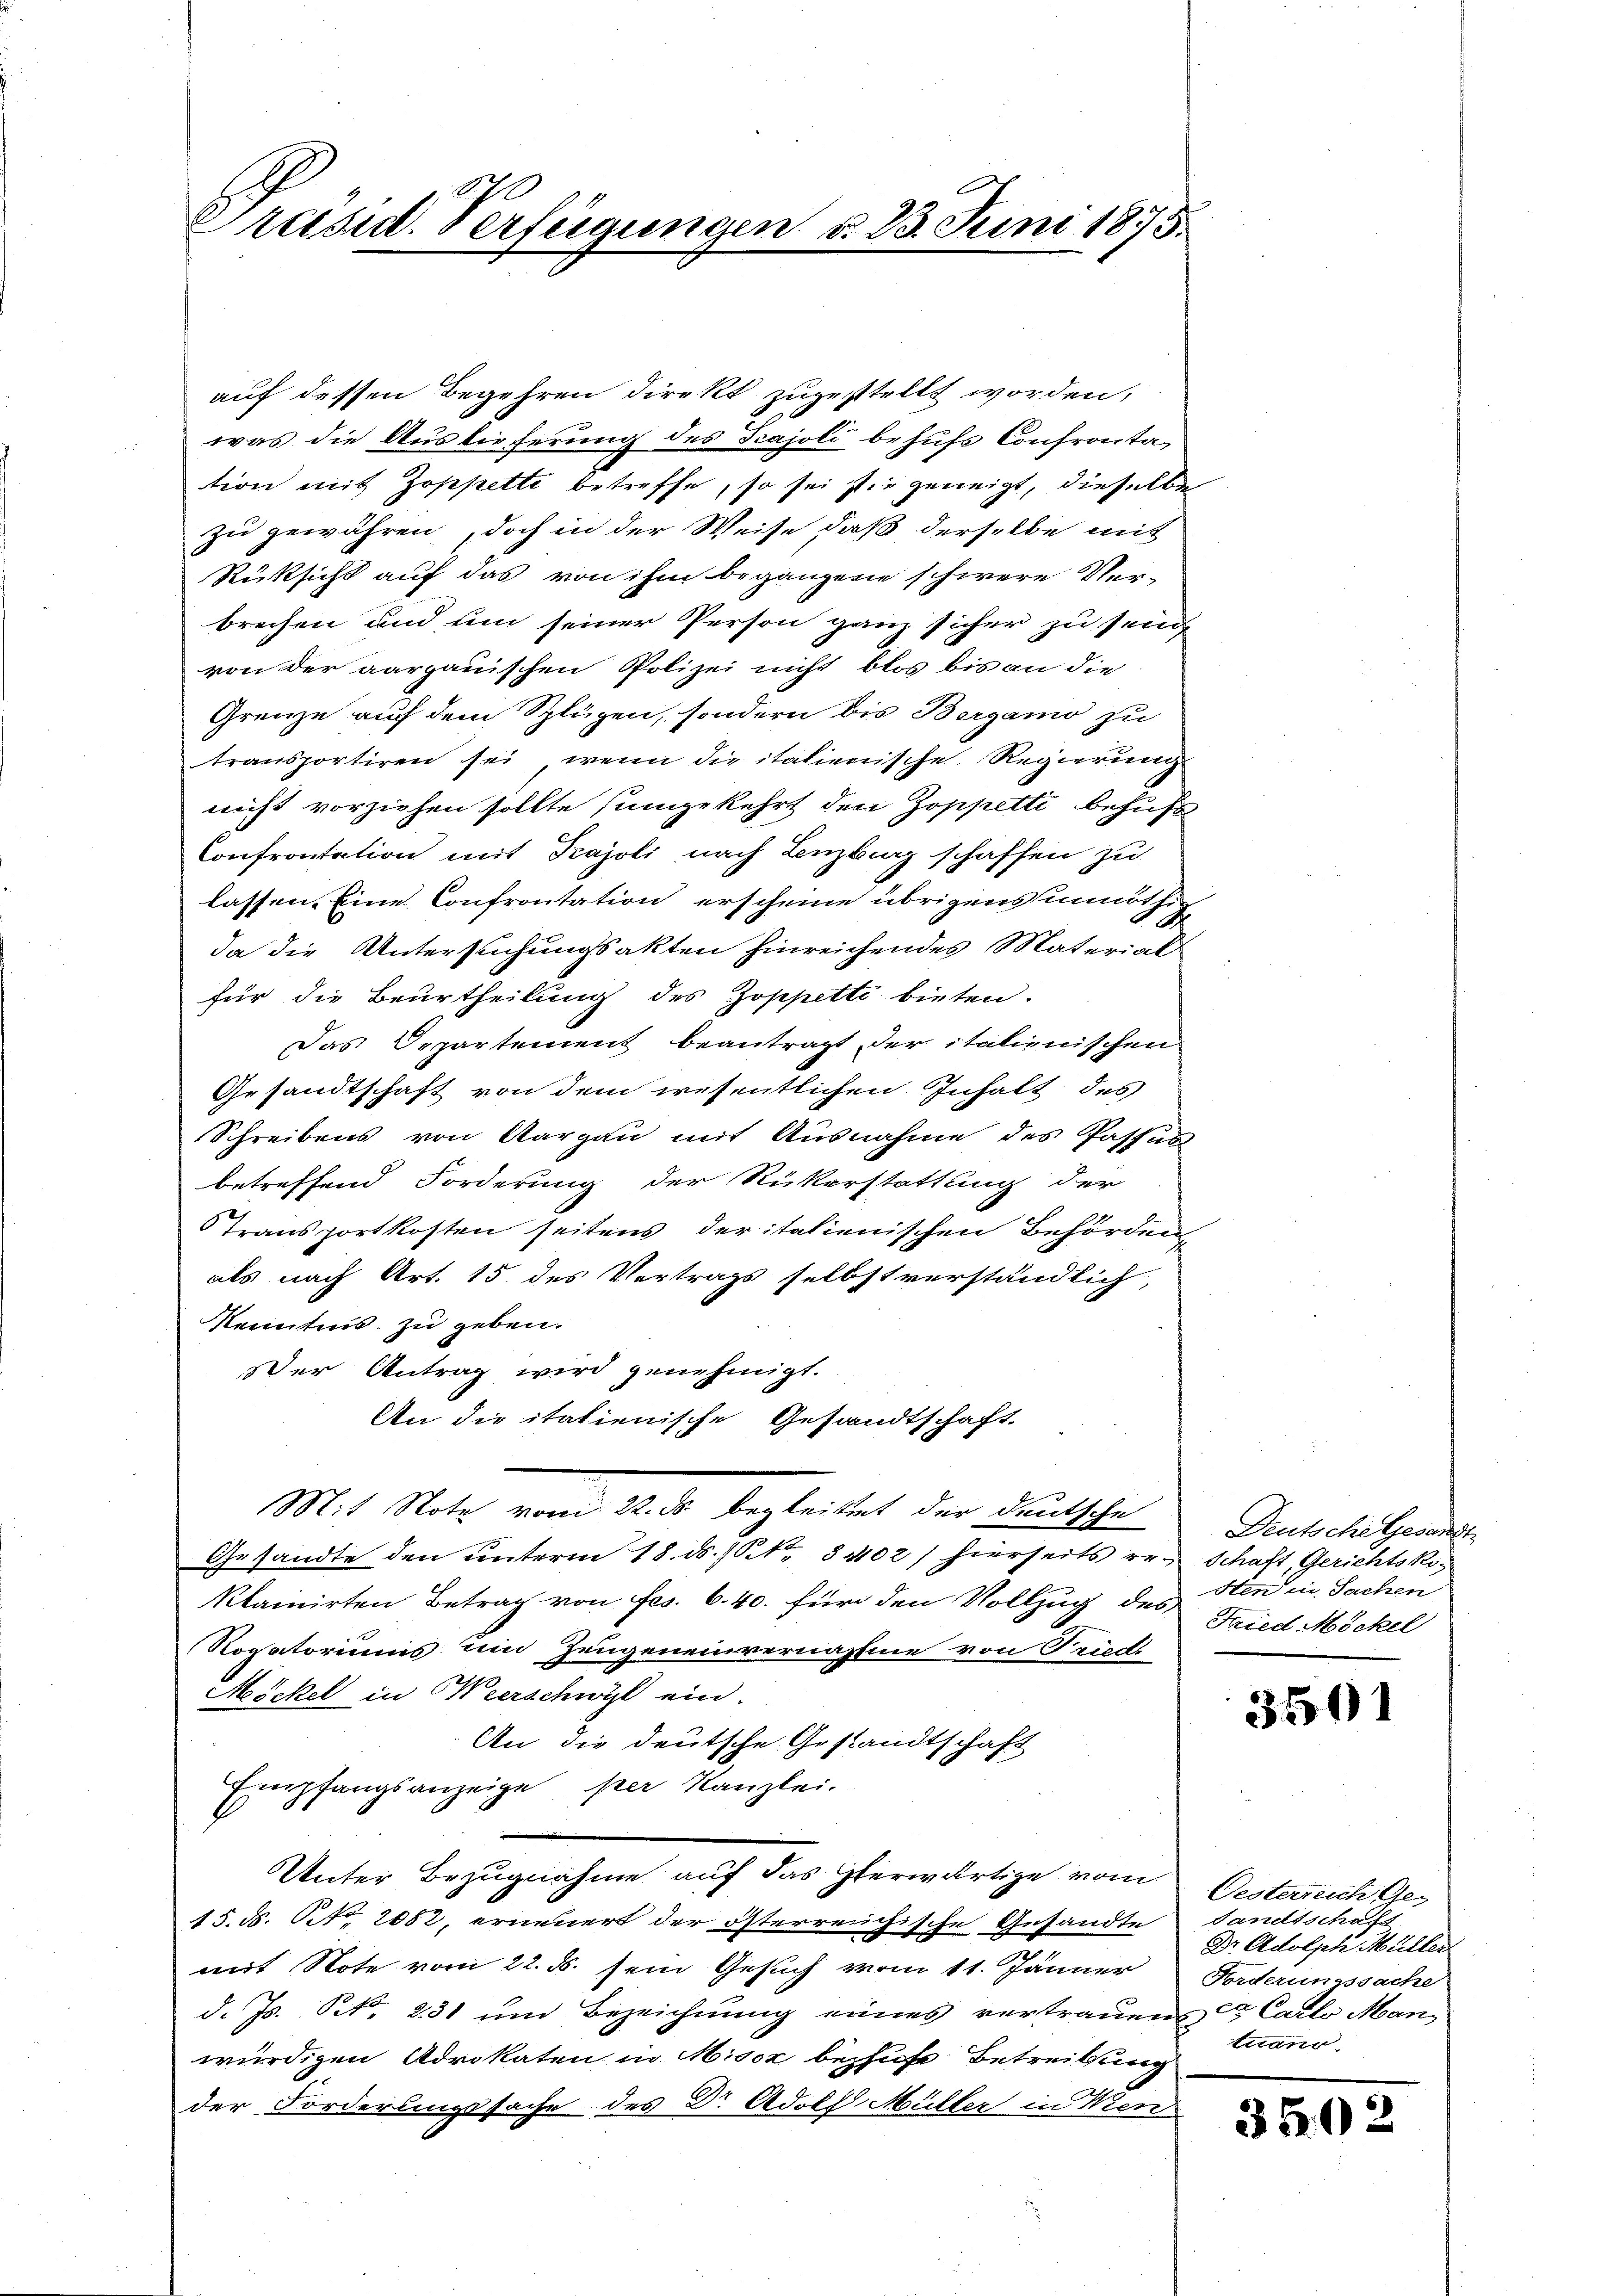
Präsid. Verfügungen d. 23. Juni 1875.

auf dessen Begehren direkt zugestellt worden,
was die Auslieferung des Trajoli behufs Confrontation mit Zoppette betreffe, so sei sie geneigt, dieselbe
zu gewähren, doch in der Weise daß derselbe mit
Rücksicht auf das von ihm begangene schwere Verbrechen und um seiner Person ganz sicher zu seine
von der aargauischen Polizei nicht blos bis an die
Grenze auf dem Splügen, sondern bis Bergamo zu
transportiren sei, wenn die italienische Regierung
nicht vorziehen sollte sumgekehrt den Zoppetti behufs
Confrontation mit Trajoli nach Luzburg schaffen zu
lassen. Eine Confrontation erscheine übrigens unnöthigda die Untersuchungsakten hinreichendes Material
für die Beurtheilung des Joppetti bieten.
Das Departement beantragt der italienischen
Gesandtschaft von dem wesentlichen Inhalt des
Schreibens von Aargau mit Ausnahme des Passus
betreffend Forderung der Rükerstattung der
Transportkosten seitens der italienischen Behörden
als nach Art. 15 des Vertrags selbstverständlich,
Kenntnis zu geben.
Der Antrag wird genehmigt.
An die italienische Gesandtschaft
Mit Note vom 22. ds begleitet der deutsche
Gesandte den ŭnterm 18. ds. (S. 31102) hierseits er- Schaft, Gerichtskoklainirten Betrag von Frs. 6. 40. für den Vollzug des Hen in Sachen
Rogatoriums um Zeugeneinvernahme von Friedi
Möckel in Weerschwyl ein.
An die deutsche Gestandtschaft
Empfangsanzeige per Kanzlei.
Unter Bezugnahme auf das Gerwärtige vom
15. d. No. 2082, erneuert der österreichische Gesandte
mit Note vom 22. d. sein Gesuch vom 11. Jänner Federungssache
d. Js. Nr. 231 und Bezeichnung eines vertrauens ce Carlo Manwürdigen Advokaten in Misoz bezhus Betreitung
der Forderungssache des Dr. Adolf Müller in Wien

Deutsche Gesandt
Fried Möckel

3501

Oesterreich Ge-
sandtschaft
Dr. Adolph Müller
tuano.

35.02